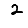
Digit: 2